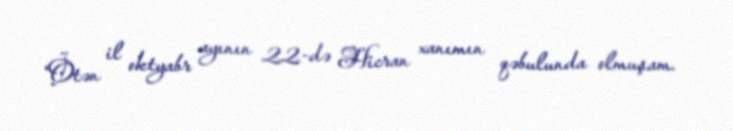
“Ötən il oktyabr ayının 22-də Hicran xanımın qəbulunda olmuşam.